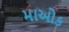
માઓક